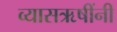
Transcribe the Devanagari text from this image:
व्यासऋषींनी